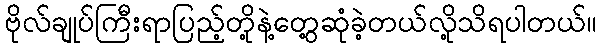
ဗိုလ်ချုပ်ကြီးရာပြည့်တို့နဲ့တွေ့ဆုံခဲ့တယ်လို့သိရပါတယ်။